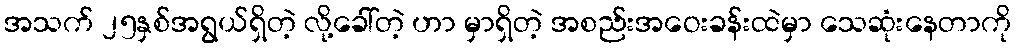
အသက် ၂၅နှစ်အရွယ်ရှိတဲ့ လို့ခေါ်တဲ့ ဟာ မှာရှိတဲ့ အစည်းအဝေးခန်းထဲမှာ သေဆုံးနေတာကို